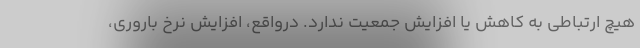
هیچ ارتباطی به کاهش یا افزایش جمعیت ندارد. درواقع، افزایش نرخ باروری،